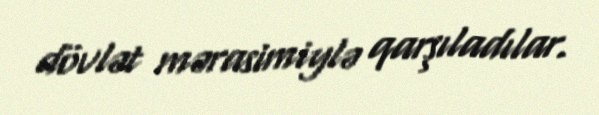
dövlət mərasimiylə qarşıladılar.